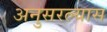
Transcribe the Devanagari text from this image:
अनुसरल्यास